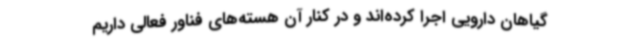
گیاهان دارویی اجرا کرده‌اند و در کنار آن هسته‌های فناور فعالی داریم